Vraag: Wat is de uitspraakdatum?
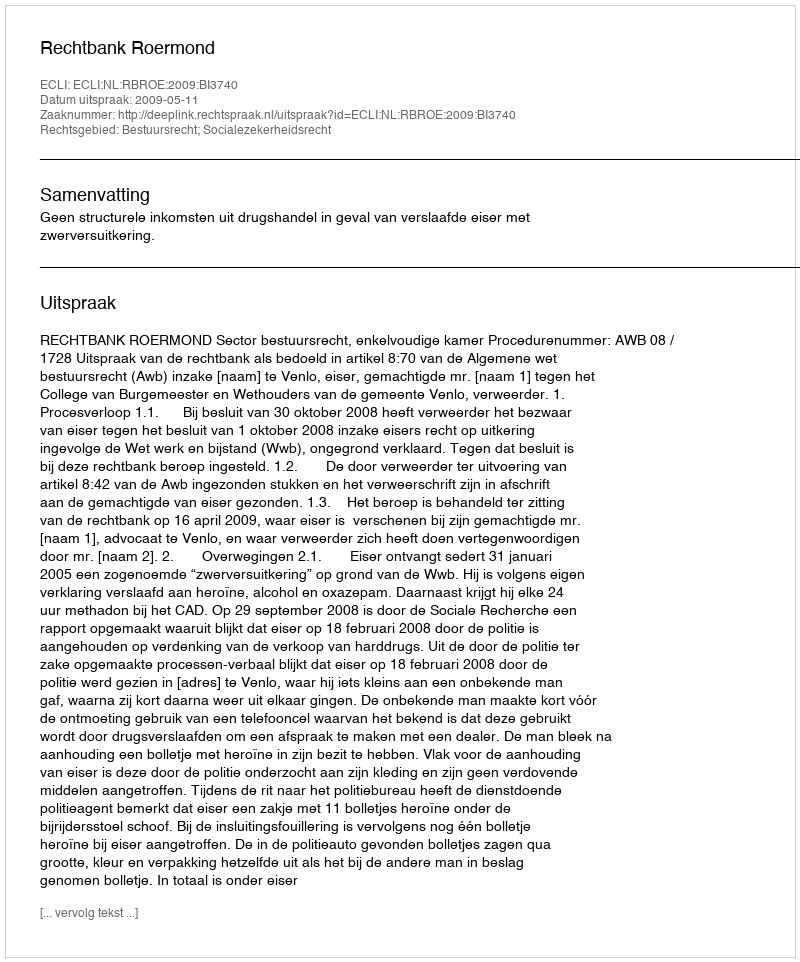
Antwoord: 2009-05-11